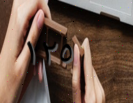
١٢٥